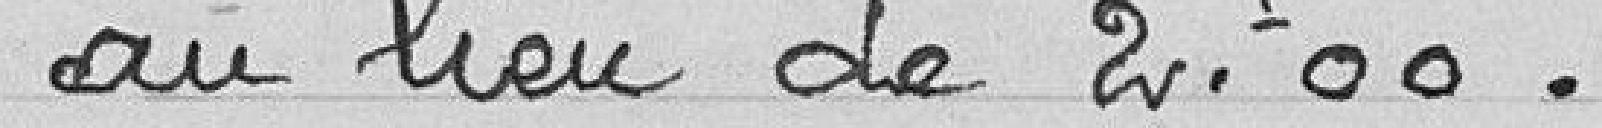
au lieu de 2,00 francs.